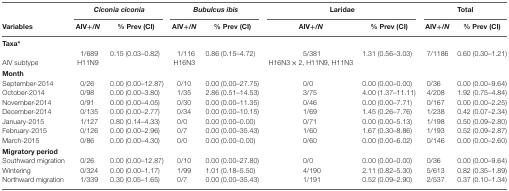
<table><thead><tr><td></td><td colspan="2"><b><i>Ciconia ciconia</i></b></td><td colspan="2"><b><i>Bubulcus ibis</i></b></td><td colspan="2"><b>Laridae</b></td><td colspan="2"><b>Total</b></td></tr><tr><td><b>Variables</b></td><td><b>AIV+/<i>N</i></b></td><td><b>% Prev (CI)</b></td><td><b>AIV+/<i>N</i></b></td><td><b>% Prev (CI)</b></td><td><b>AIV+/<i>N</i></b></td><td><b>% Prev (CI)</b></td><td><b>AIV+/<i>N</i></b></td><td><b>% Prev (CI)</b></td></tr></thead><tbody><tr><td colspan="9"><b>Taxa*</b></td></tr><tr><td></td><td>1/689</td><td>0.15 (0.03–0.82)</td><td>1/116</td><td>0.86 (0.15–4.72)</td><td>5/381</td><td>1.31 (0.56–3.03)</td><td>7/1186</td><td>0.60 (0.30–1.21)</td></tr><tr><td>AIV subtype</td><td>H11N9</td><td></td><td>H16N3</td><td></td><td>H16N3 × 2, H11N9, H11N3</td><td></td><td></td><td></td></tr><tr><td colspan="9"><b>Month</b></td></tr><tr><td>September-2014</td><td>0/26</td><td>0.00 (0.00–12.87)</td><td>0/10</td><td>0.00 (0.00–27.75)</td><td>0/0</td><td>0.00 (0.00–0.00)</td><td>0/36</td><td>0.00 (0.00–9.64)</td></tr><tr><td>October-2014</td><td>0/98</td><td>0.00 (0.00–3.80)</td><td>1/35</td><td>2.86 (0.51–14.53)</td><td>3/75</td><td>4.00 (1.37–11.11)</td><td>4/208</td><td>1.92 (0.75–4.84)</td></tr><tr><td>November-2014</td><td>0/91</td><td>0.00 (0.00–4.05)</td><td>0/30</td><td>0.00 (0.00–11.35)</td><td>0/46</td><td>0.00 (0.00–7.71)</td><td>0/167</td><td>0.00 (0.00–2.25)</td></tr><tr><td>December-2014</td><td>0/135</td><td>0.00 (0.00–2.77)</td><td>0/34</td><td>0.00 (0.00–10.15)</td><td>1/69</td><td>1.45 (0.26–7.76)</td><td>1/238</td><td>0.42 (0.07–2.34)</td></tr><tr><td>January-2015</td><td>1/127</td><td>0.80 (0.14–4.33)</td><td>0/0</td><td>0.00 (0.00–0.00)</td><td>0/71</td><td>0.00 (0.00–5.13)</td><td>1/198</td><td>0.50 (0.09–2.80)</td></tr><tr><td>February-2015</td><td>0/126</td><td>0.00 (0.00–2.96)</td><td>0/7</td><td>0.00 (0.00–35.43)</td><td>1/60</td><td>1.67 (0.30–8.86)</td><td>1/193</td><td>0.52 (0.09–2.87)</td></tr><tr><td>March-2015</td><td>0/86</td><td>0.00 (0.00–4.30)</td><td>0/0</td><td>0.00 (0.00–0.00)</td><td>0/60</td><td>0.00 (0.00–6.02)</td><td>0/146</td><td>0.00 (0.00–2.60)</td></tr><tr><td colspan="9"><b>Migratory period</b></td></tr><tr><td>Southward migration</td><td>0/26</td><td>0.00 (0.00–12.87)</td><td>0/10</td><td>0.00 (0.00–27.80)</td><td>0/0</td><td>0.00 (0.00–0.00)</td><td>0/36</td><td>0.00 (0.00–9.64)</td></tr><tr><td>Wintering</td><td>0/324</td><td>0.00 (0.00–1.17)</td><td>1/99</td><td>1.01 (0.18–5.50)</td><td>4/190</td><td>2.11 (0.82–5.30)</td><td>5/613</td><td>0.82 (0.35–1.89)</td></tr><tr><td>Northward migration</td><td>1/339</td><td>0.30 (0.05–1.65)</td><td>0/7</td><td>0.00 (0.00–35.43)</td><td>1/191</td><td>0.52 (0.09–2.90)</td><td>2/537</td><td>0.37 (0.10–1.34)</td></tr></tbody></table>